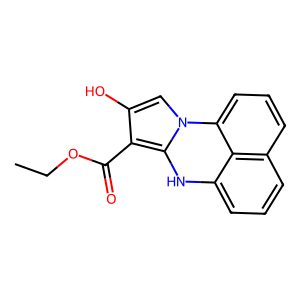
SMILES: CCOC(=O)c1c(O)cn2c1[nH]c1cccc3cccc2c31
Inhibits HIV replication: No